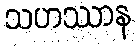
သဟဿာန